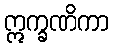
ဣက္ခဏိကာ